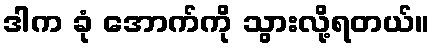
ဒါက ခုံ အောက်ကို သွားလို့ရတယ်။